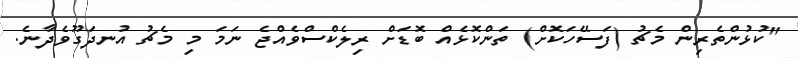
"ކުޅުންތެރިން މެޗު (ފަސޭހަކޮށް) ތަންކޮޅެއް ބޮޑަށް ރިލެކްސްވެއްޖެ ނަމަ މި މެޗު އުނދަގޫވެދާނެ.